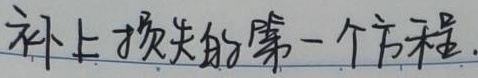
补上损失的第一个方程.